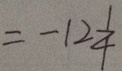
= - 1 2 \frac { 1 } { 4 }